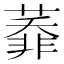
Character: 𦻅